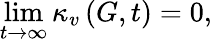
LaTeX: \operatorname*{lim}_{t\rightarrow\infty}\kappa_{v}\left(G,t\right)=0,